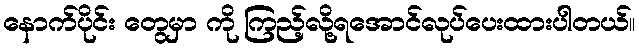
နောက်ပိုင်း တွေမှာ ကို ကြည့်လို့ရအောင်လုပ်ပေးထားပါတယ်။